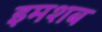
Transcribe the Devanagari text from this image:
इमशब